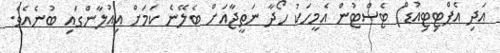
އަދި އެޕްޓިޓިއުޑް) ޓެސްޓުން އެމީހަކު ހޯދާ ނަތީޖާއަށް ބެލޭނެ ކަމަށް އިއުލާންގައި ބުނެއެވެ.